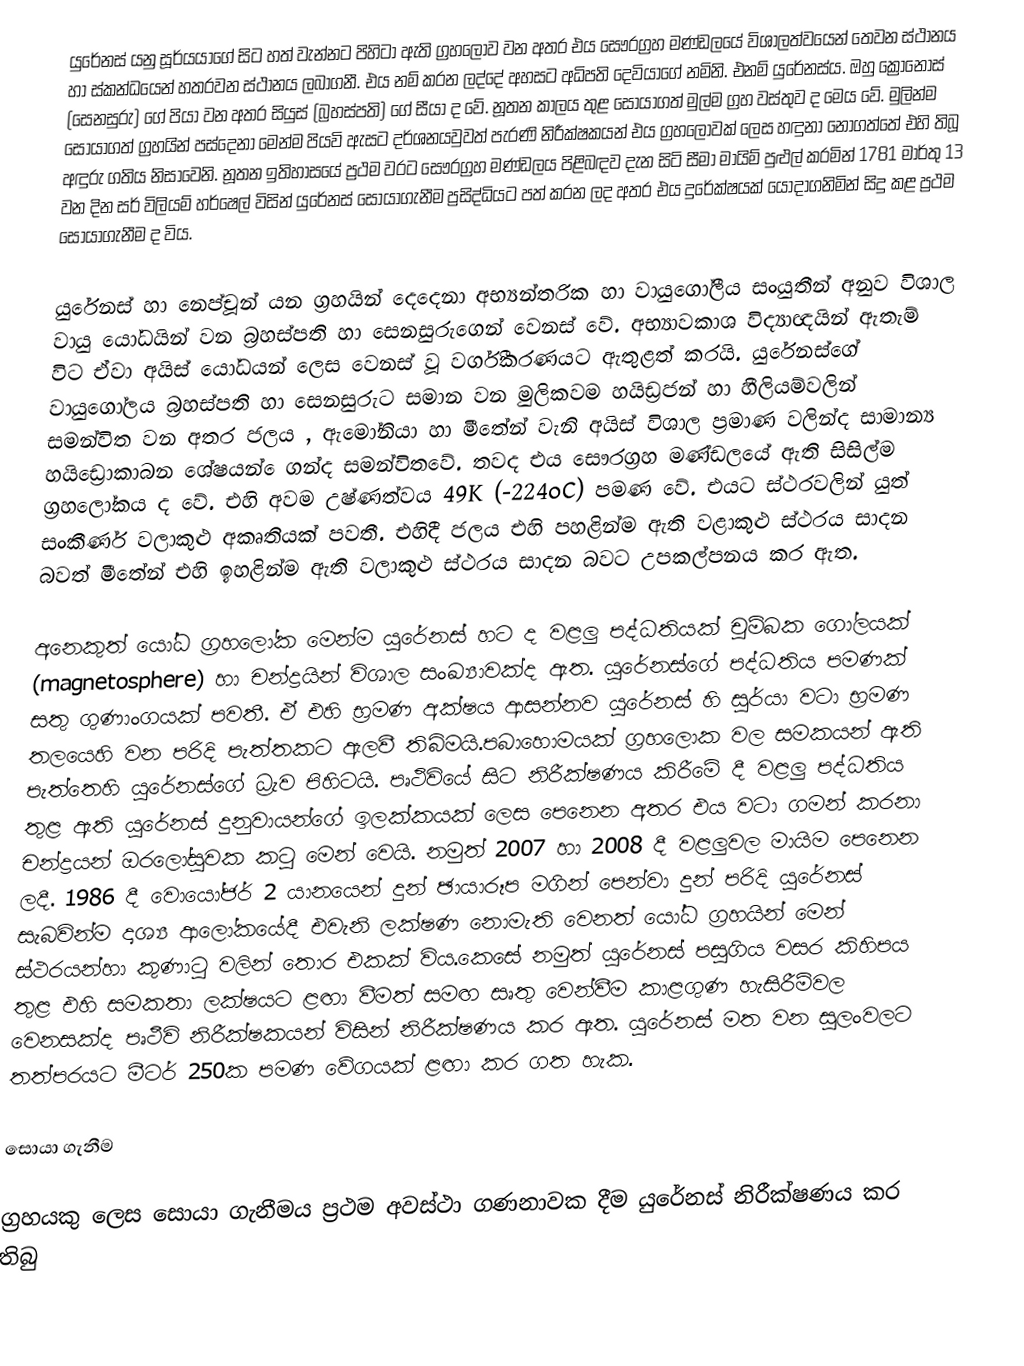
යුරේනස් යනු සූර්යයාගේ සිට හත් වැන්නට පිහිටා ඇති ග්‍රහලොව වන අතර එය සෞරග්‍රහ මණ්ඩලයේ විශාලත්වයෙන් තෙවන ස්ථානය හා ස්කන්ධයෙන් හතරවන ස්ථානය ලබාගනී. එය නම් කරන ලද්දේ අහසට අධිපති දෙවියාගේ නමිනි. එනම් යුරේනස්ය. ඔහු ක්‍රෝනෝස් (සෙනසුරු) ගේ පියා වන අතර සියුස් (බ්‍රහස්පති‍) ගේ සීයා ද වේ. නූතන කාලය තුළ සොයාගත් මුල්ම ග්‍රහ වස්තුව ද මෙය වේ. මුලින්ම සොයාගත් ග්‍රහයින් පස්දෙනා මෙන්ම පියවි ඇසට දර්ශනයවුවත් පැරණි නිරීක්ෂකයන් එය ග්‍රහලොවක් ලෙස හඳුනා නොගත්තේ එහි තිබූ අඳුරු ගතිය නිසාවෙනි. නූතන ඉතිහාසයේ ප්‍රථම වරට සෞරග්‍රහ මණ්ඩලය පිළිබඳව දැන සිටි සීමා මායිම් පුළුල් කරමින් 1781 මාර්තු 13 වන දින සර් විලියම් හර්ෂෙල් විසින් යුරේනස් සොයාගැනීම ප්‍රසිද්ධියට පත් කරන ලද අතර එය දුරේක්ෂ‍යක් යොදාගනිමින් සිදු කළ ප්‍රථම සොයාගැනීම ද විය.

යුරේනස් හා නෙප්චූන් යන ග්‍රහයින් දෙදෙ‍නා අභ්‍යන්තරික හා වායුගෝලීය සංයුතීන් අනුව විශාල වායු යෝධයින් වන බ්‍රහස්පති හා සෙනසුරුගෙන් වෙනස් වේ. අභ්‍යාවකාශ විද්‍යාඥයින් ඇතැම් විට ඒවා අයිස් යෝධයන් ලෙස වෙනස් වූ වර්ගීකරණයට ඇතුළත් කරයි. යුරේනස්ගේ වායුගෝල‍ය බ්‍රහස්පති හා සෙනසුරුට සමාන වන මුලිකවම හයිඩ්‍රජන් හා හීලියම්වලින් සමන්විත වන අතර ජලය , ඇමෝනියා හා මීතේන් වැනි අයිස් විශාල ප්‍රමාණ වලින්ද සාමාන්‍ය හයිඩ්‍රොකාබන ශේෂයන් ‍ෙගන්ද සමන්විතවේ. තවද එය සෞරග්‍රහ මණ්ඩලයේ ඇති සිසිල්ම ග්‍රහලෝකය ද වේ. එහි අවම උෂ්ණත්වය 49K (-224oC) පමණ වේ. එයට ස්ථරවලින් යුත් සංකීර්ණ වලාකුළු අකෘතියක් පවතී. එහිදී ජලය එහි පහළින්ම ඇති වළාකුළු ස්ථරය සාදන බවත් මීතේන් එහි ඉහළින්ම ඇති වලාකුළු ස්ථරය සාදන බවට උපකල්පනය කර ඇත.

අනෙකුත් යෝධ ග්‍රහලෝක මෙන්ම යුරේනස් හට ද වළලු පද්ධතියක් චුම්බක ගෝලයක් (magnetosphere) හා චන්ද්‍රයින් විශාල සංඛ්‍යාවක්ද ඇත. යුරේනස්ගේ පද්ධතිය පමණක් සතු ගුණාංගයක් පවතී. ඒ එහි භ්‍රමණ අක්ෂය ආසන්නව යුරේනස් හි සුර්යා වටා භ්‍රමණ තලයෙහි වන පරිදි පැත්තකට ඇලවී තිබිමයි.පබාහොමයක් ග්‍රහලොක වල සමකයන් ඇති පැත්තෙහි යුරේනස්ගේ ධ්‍රැව පිහිටයි. පෘථිවියේ සිට නිරීක්ෂණය කිරීමේ දී වළලු පද්ධතිය තුළ ඇති යුරේනස් දුනුවායන්ගේ ඉලක්කයක් ලෙස පෙනෙන අතර එය වටා ගමන් කරනා චන්ද්‍රයන් ඔරලෝසුවක කටු මෙන් වෙයි. නමුත් 2007 හා 2008 දී වළලුවල මායිම පෙනෙන ලදී. 1986 දී වොයෝජර් 2 යානයෙන් දුන් ඡායාරූප මගින් පෙන්වා දුන් පරිදි යුරේනස් සැබවින්ම දෘශ්‍ය ආලෝකයේදී එවැනි ලක්ෂණ නොමැති වෙනත් යෝධ ග්‍රහයින් මෙන් ස්ථරයන්හා කුණාටු වලින් තොර එකක් විය.කෙසේ නමුත් යුරේනස් පසුගිය වසර කිහිපය තුළ එහි සමකතා ලක්ෂයට ළඟා වීමත් සමඟ සෘතු වෙන්වීම කාළගුණ හැසිරීම්වල වෙනසක්ද පෘථීවි නිරීක්ෂකයන් විසින් නිරීක්ෂණය කර ඇත. යුරේනස් මත වන සුලංවලට තත්පරයට මීටර් 250ක පමණ වේගයක් ළඟා කර ගත හැක.

සොයා ගැනීම

ග්‍රහයකු ලෙස සොයා ගැනීමය ප්‍රථම අවස්ථා ගණනාවක දීම යුරේනස් නිරීක්ෂණය කර තිබු